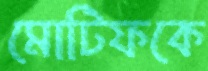
মোটিফকে